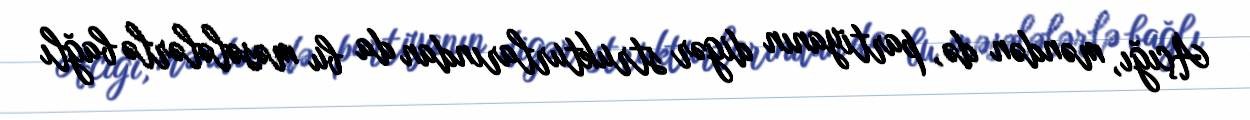
Açığı, məndən də, partiyanın digər strukturlarından da bu məsələlərlə bağlı